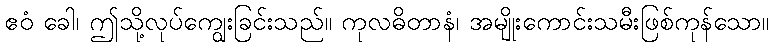
ဧဝံ ခေါ၊ ဤသို့လုပ်ကျွေးခြင်းသည်။ ကုလဓိတာနံ၊ အမျိုးကောင်းသမီးဖြစ်ကုန်သော။